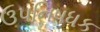
ઉપનિષધક